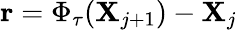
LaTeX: \mathbf{r}=\Phi_{\tau}(\mathbf{X}_{j+1})-\mathbf{X}_{j}